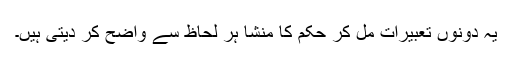
یہ دونوں تعبیرات مل کر حکم کا منشا ہر لحاظ سے واضح کر دیتی ہیں۔